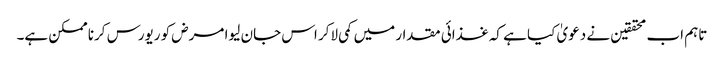
تاہم اب محققین نے دعویٰ کیا ہے کہ غذائی مقدار میں کمی لاکر اس جان لیوا مرض کو ریورس کرنا ممکن ہے۔